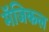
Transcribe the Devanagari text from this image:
मॅजिकल